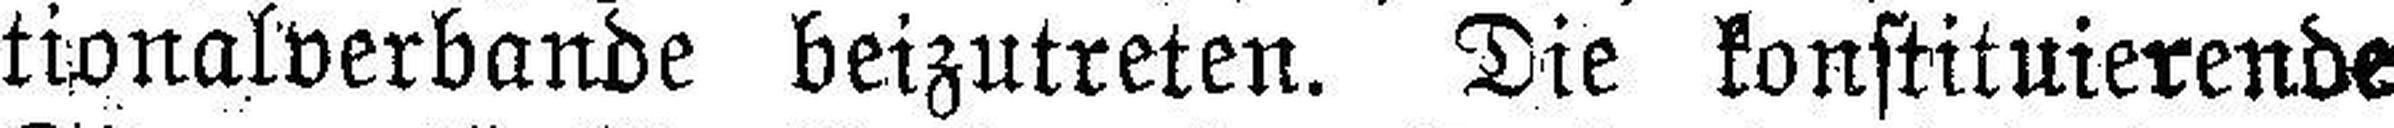
tionalverbande beizutreten. Die konstituierende